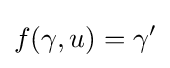
f(\gamma ,u)=\gamma '